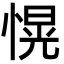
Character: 愰